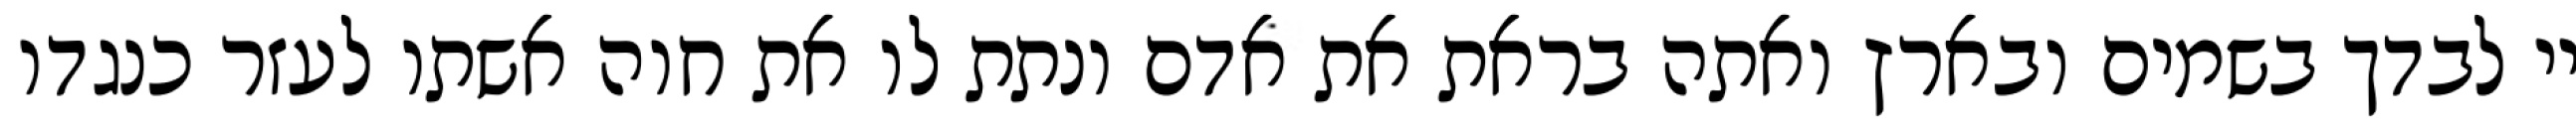
יי לבדך בשמים ובארץ ואתה בראת את אדם ונתת לו את חוה אשתו לעזר כנגדו